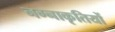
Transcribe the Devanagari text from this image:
नग्नाकृतियों